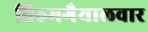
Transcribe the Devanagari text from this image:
तिरुमगैयालवार